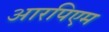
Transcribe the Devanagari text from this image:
आरपिएम